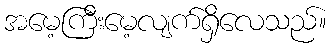
အမေ့ကြီးမေ့လျက်ရှိလေသည်။